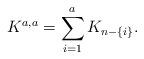
LaTeX: \begin{align*}K^{a,a} = \sum_{i=1}^a K_{n - \{i\}}.\end{align*}